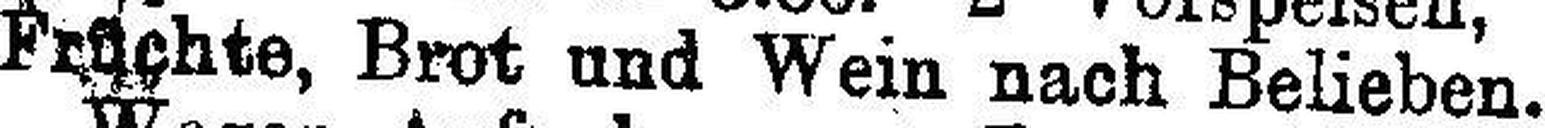
Früchte, Brot und Wein nach Belieben.